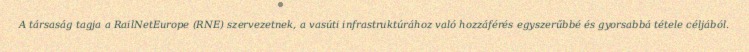
A társaság tagja a RailNetEurope (RNE) szervezetnek, a vasúti infrastruktúrához való hozzáférés egyszerűbbé és gyorsabbá tétele céljából.